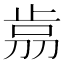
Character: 𣥴